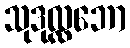
သုဒုလ္လဘော